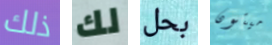
ذلك لك بحل ميتون